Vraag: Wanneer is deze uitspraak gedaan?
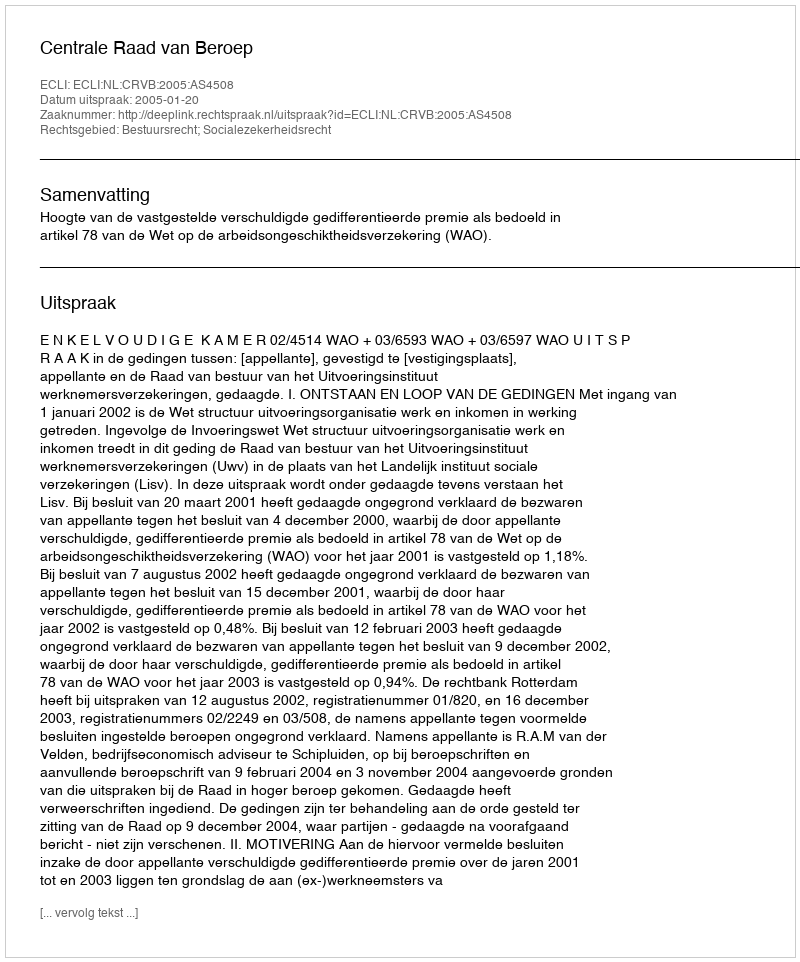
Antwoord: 2005-01-20